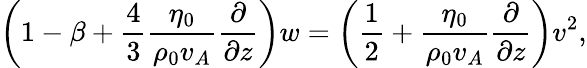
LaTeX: \left(1-\beta+\frac{4}{3}\frac{\eta_{0}}{\rho_{0}v_{A}}\frac{\partial}{\partial z}\right)w=\left(\frac{1}{2}+\frac{\eta_{0}}{\rho_{0}v_{A}}\frac{\partial}{\partial z}\right)v^{2},